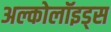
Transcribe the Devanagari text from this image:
अल्कोलॉइड्स